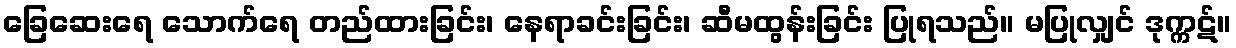
ခြေဆေးရေ သောက်ရေ တည်ထားခြင်း၊ နေရာခင်းခြင်း၊ ဆီမထွန်းခြင်း ပြုရသည်။ မပြုလျှင် ဒုက္ကဋ်။